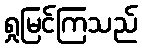
ရှုမြင်ကြသည်